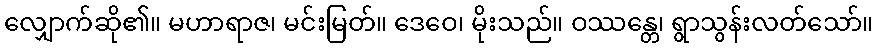
လျှောက်ဆို၏။ မဟာရာဇ၊ မင်းမြတ်။ ဒေဝေ၊ မိုးသည်။ ဝဿန္တေ၊ ရွာသွန်းလတ်သော်။